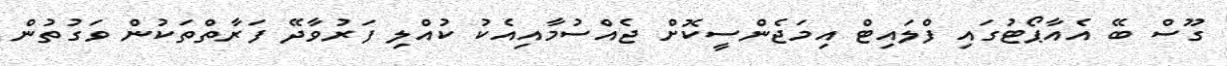
ގޫސް ބޭ އެއާޕޯޓުގައި ފްލައިޓް އިމަޖެންސީކޮށް ޖެއްސުމާއިއެކު ކުއްލި ފަރުވާދޭ ފަރާތްތަކުން ވަގުތުން